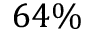
6 4 \%